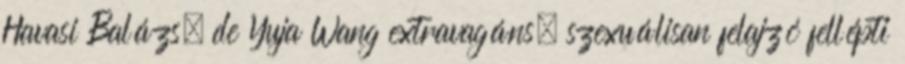
Havasi Balázs, de Yuja Wang extravagáns, szexuálisan felajzó fellépti